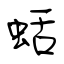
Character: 蛞